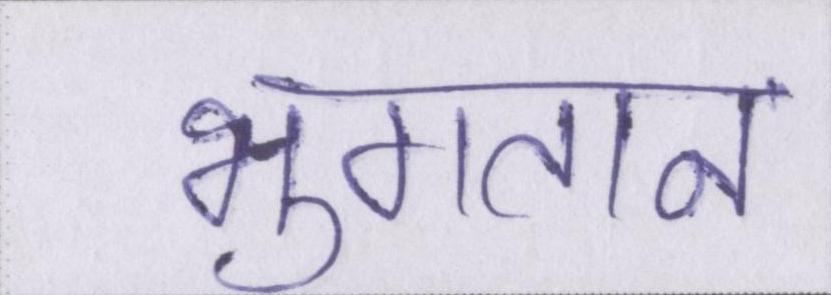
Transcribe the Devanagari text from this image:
भुगतान